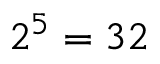
2 ^ { 5 } = 3 2